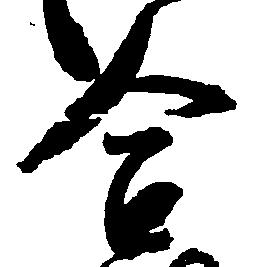
合